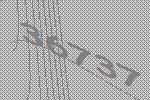
36737